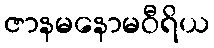
ဇာနမနောမဝီရိယ